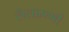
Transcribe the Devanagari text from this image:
लैलामणी